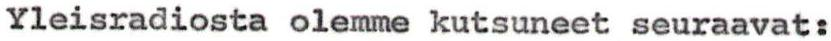
Yleisradiosta olemme kutsuneet seuraavat: